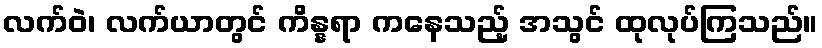
လက်ဝဲ၊ လက်ယာတွင် ကိန္နရာ ကနေသည့် အသွင် ထုလုပ်ကြသည်။